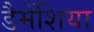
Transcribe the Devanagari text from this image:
डैमेंशिया